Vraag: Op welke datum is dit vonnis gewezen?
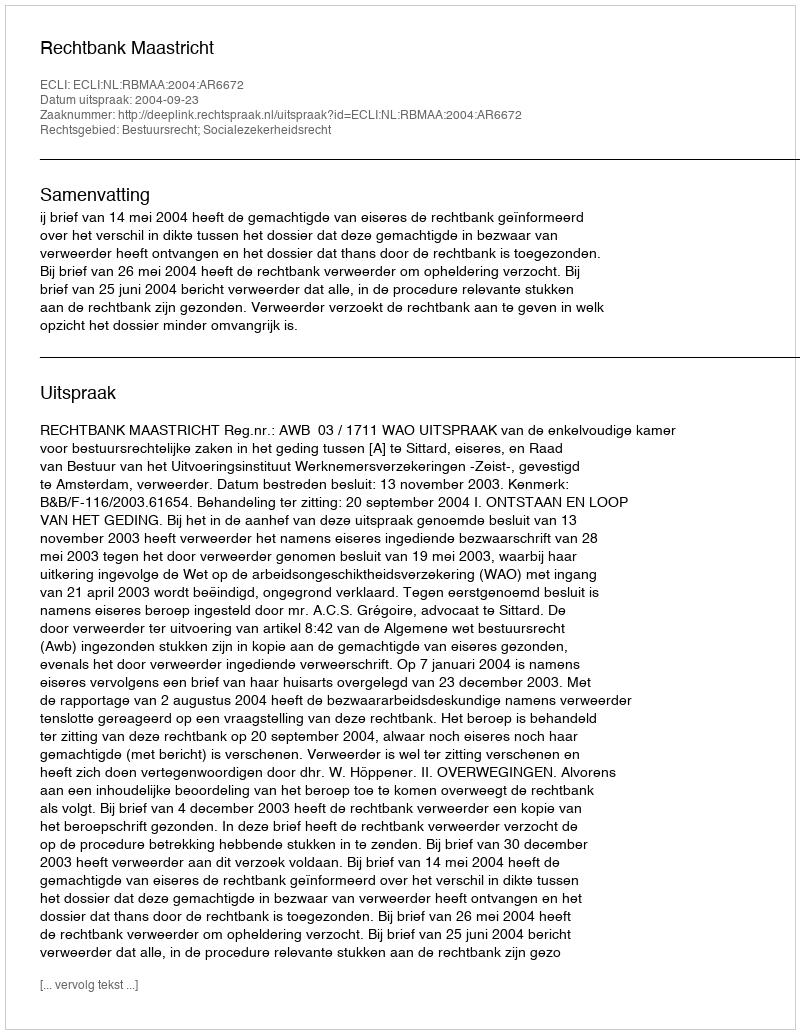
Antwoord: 2004-09-23